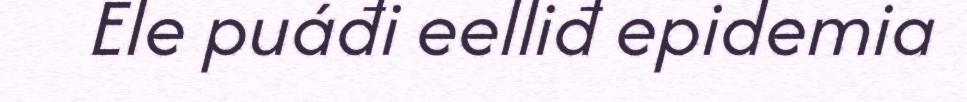
Ele puáđi eelliđ epidemia